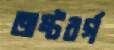
অষ্টবর্গ